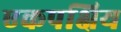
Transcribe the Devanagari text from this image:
एकपक्षिय